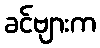
ခင်ဗျားက